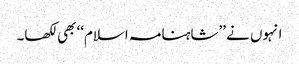
انہوں نے ’’شاہنامہ اسلام‘‘ بھی لکھا۔